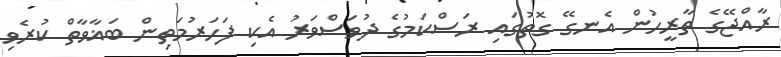
ރާއްޖޭގެ ތާރީހުން އެނގޭ ގޮތުގައި ރަސްކަމުގެ ދުވަސްވަރު އެކި ފަހަރުމަތިން ބަޣާވާތް ކުރެވި